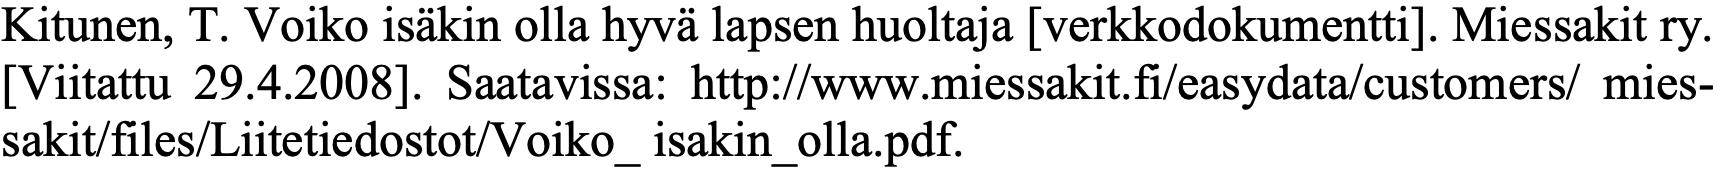
Kitunen, T. Voiko isäkin olla hyvä lapsen huoltaja [verkkodokumentti]. Miessakit ry. [Viitattu 29.4.2008]. Saatavissa: http://www.miessakit.fi/easydata/customers/ mies- sakit/files/Liitetiedostot/Voiko_ isakin_olla.pdf.